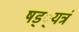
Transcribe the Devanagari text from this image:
षड््यत्रं